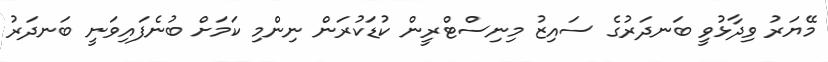
މޭޔަރު ވިދާޅުވީ ބަނދަރުގެ ސައިޒު މިނިސްޓްރީން ކުޑަކުރަން ނިންމި ކަމަށް ބުނެފައިވަނީ ބަނދަރު